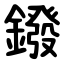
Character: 鏺